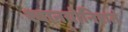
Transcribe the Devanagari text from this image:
श्वानयोनिशतं